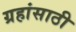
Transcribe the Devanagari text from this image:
ग्रहांसाठी